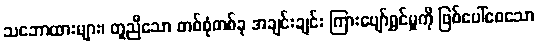
သဘောထားများ၊ တူညီသော တစ်စုံတစ်ခု အချင်းချင်း ကြားပျော်ရွှင်မှုကို ဖြစ်ပေါ်စေသော